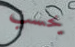
يحسب